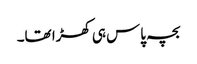
بچہ پاس ہی کھڑا تھا۔